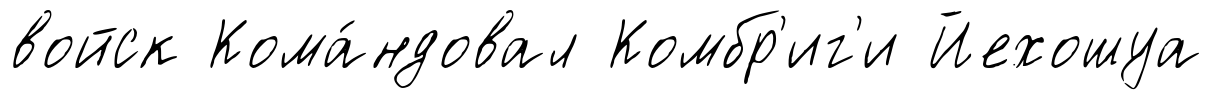
войск Кома́ндовал Комбр'иг'и Йехошуа